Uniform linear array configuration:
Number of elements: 16
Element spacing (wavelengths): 0.5
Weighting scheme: uniform
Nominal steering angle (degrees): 30
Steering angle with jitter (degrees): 28.459
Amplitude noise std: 0.05
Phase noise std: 0.05

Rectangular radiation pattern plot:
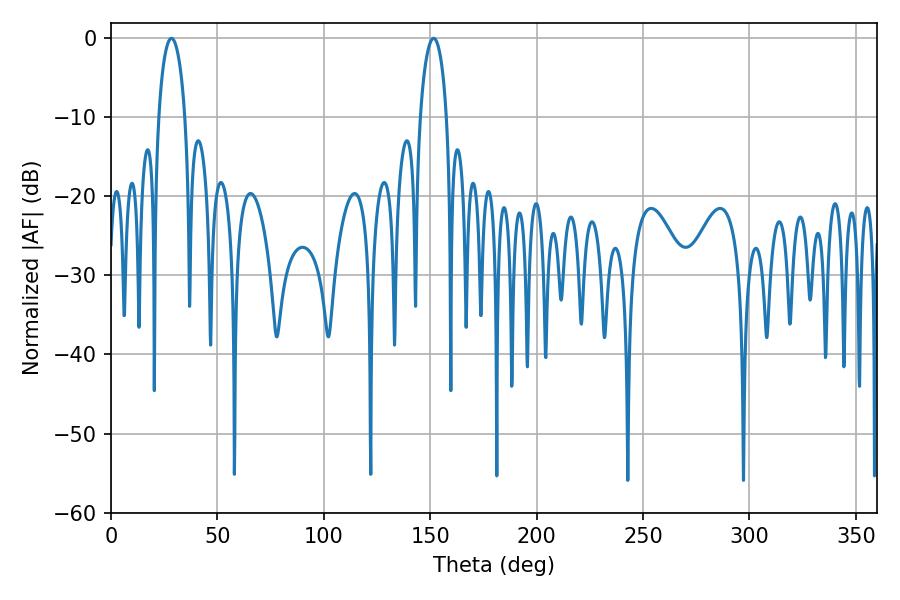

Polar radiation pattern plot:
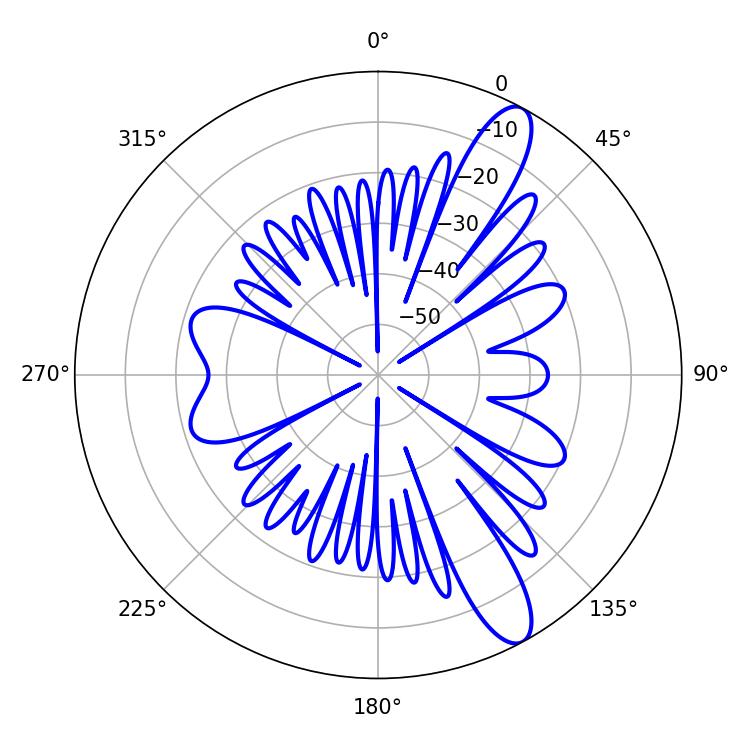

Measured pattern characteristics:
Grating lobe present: FALSE
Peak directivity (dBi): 11.837
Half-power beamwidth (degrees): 7.2
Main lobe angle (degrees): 28.44